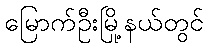
မြောက်ဦးမြို့နယ်တွင်